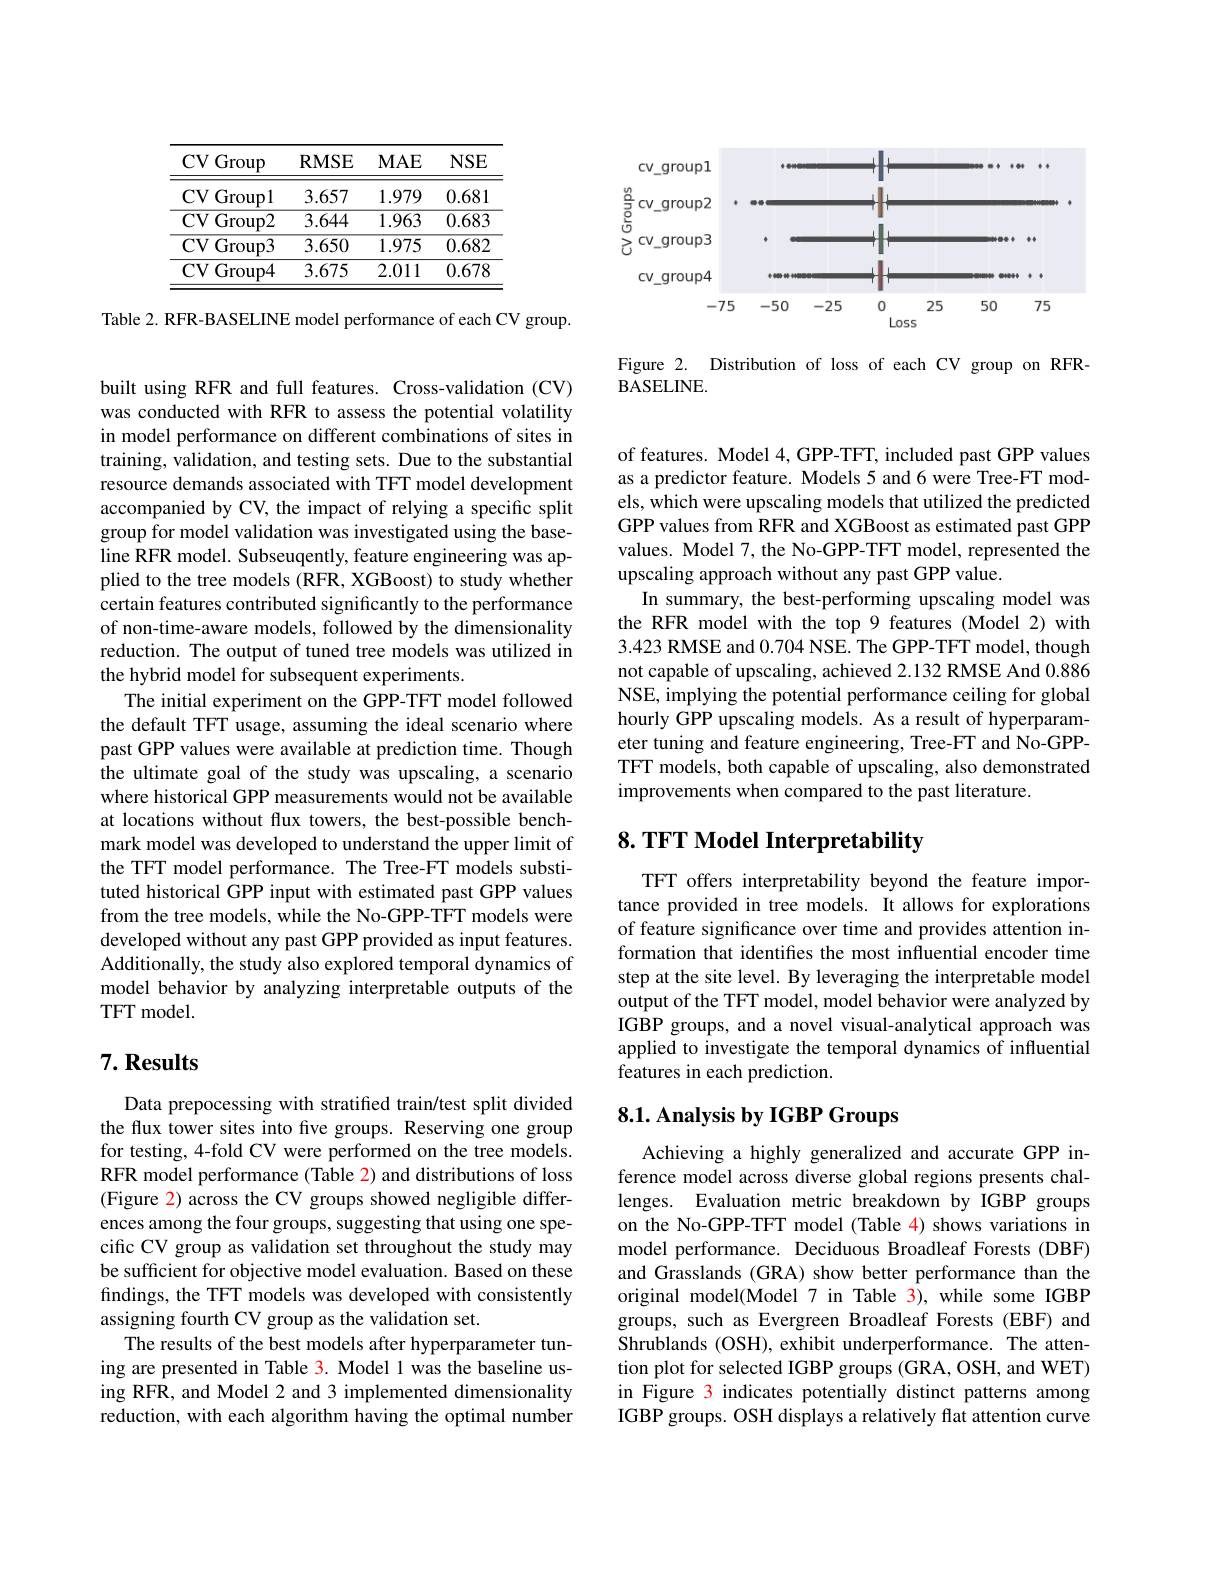
<table>
	<tbody>
		<tr>
			<th>CV Group</th>
			<th>RMSE</th>
			<th>$MAE$</th>
			<th>$NSE$</th>
		</tr>
		<tr>
			<td>CVGroupl</td>
			<td>3.657</td>
			<td>1.979</td>
			<td>0.681</td>
		</tr>
		<tr>
			<td>$\operatorname{CV}\operatorname{Group2}$ 1 1</td>
			<td>3.644</td>
			<td>1.963</td>
			<td>0.683</td>
		</tr>
		<tr>
			<td>$\operatorname{CV}($ Group3</td>
			<td>3.650</td>
			<td>1.975</td>
			<td>0.682</td>
		</tr>
		<tr>
			<td>CVGroup4</td>
			<td>3.675</td>
			<td>2.011</td>
			<td>0.678</td>
		</tr>
	</tbody>
</table>

Table 2. RFR-BASELINE model performance of each CV group.

built using RFR and full features. Cross-validation (CV) was conducted with RFR to assess the potential volatility in model performance on different combinations of sites in training, validation, and testing sets. Due to the substantial resource demands associated with TFT model development accompanied by CV, the impact of relying a specific split group for model validation was investigated using the baseline RFR model. Subseuqently, feature engineering was applied to the tree models (RFR, XGBoost) to study whether certain features contributed significantly to the performance of non-time-aware models, followed by the dimensionality reduction. The output of tuned tree models was utilized in the hybrid model for subsequent experiments.
The initial experiment on the GPP-TFT model followed the default TFT usage, assuming the ideal scenario where past GPP values were available at prediction time. Though the ultimate goal of the study was upscaling, a scenario where historical GPP measurements would not be available at locations without flux towers, the best-possible benchmark model was developed to understand the upper limit of the TFT model performance. The Tree-FT models substituted historical GPP input with estimated past GPP values from the tree models, while the No-GPP-TFT models were developed without any past GPP provided as input features. Additionally, the study also explored temporal dynamics of model behavior by analyzing interpretable outputs of the TFT model.

## $7. \textbf{Results}$

Data prepocessing with stratified train/test split divided the flux tower sites into five groups. Reserving one group for testing, 4-fold CV were performed on the tree models. RFR model performance (Table 2) and distributions of loss (Figure 2) across the CV groups showed negligible differences among the four groups, suggesting that using one specific CV group as validation set throughout the study may be sufficient for objective model evaluation. Based on these findings, the TFT models was developed with consistently assigning fourth CV group as the validation set.
The results of the best models after hyperparameter tuning are presented in Table 3. Model 1 was the baseline using RFR, and Model 2 and 3 implemented dimensionality reduction, with each algorithm having the optimal number

<FigureHere>

Figure 2. Distribution of loss of each CV group on RFR-
BASELINE.

of features. Model 4, GPP-TFT, included past GPP values as a predictor feature. Models 5 and 6 were Tree-FT models, which were upscaling models that utilized the predicted GPP values from RFR and XGBoost as estimated past GPP values. Model 7, the No-GPP-TFT model, represented the upscaling approach without any past GPP value.
In summary, the best-performing upscaling model was the RFR model with the top 9 features (Model 2) with 3.423 RMSE and 0.704 NSE. The GPP-TFT model, though not capable of upscaling, achieved 2.132 RMSE And 0.886 NSE, implying the potential performance ceiling for global hourly GPP upscaling models. As a result of hyperparameter tuning and feature engineering, Tree-FT and No-GPPTFT models, both capable of upscaling, also demonstrated improvements when compared to the past literature.

# 8. TFT Model Interpretability

TFT offers interpretability beyond the feature importance provided in tree models. It allows for explorations of feature significance over time and provides attention information that identifies the most influential encoder time step at the site level. By leveraging the interpretable model output of the TFT model, model behavior were analyzed by IGBP groups, and a novel visual-analytical approach was applied to investigate the temporal dynamics of influential features in each prediction.

## 8.1. Analysis by IGBP Groups

Achieving a highly generalized and accurate GPP inference model across diverse global regions presents challenges. Evaluation metric breakdown by IGBP groups on the No-GPP-TFT model (Table 4) shows variations in model performance. Deciduous Broadleaf Forests (DBF) and Grasslands (GRA) show better performance than the original model(Model 7 in Table 3), while some IGBP groups, such as Evergreen Broadleaf Forests (EBF) and Shrublands (OSH), exhibit underperformance. The attention plot for selected IGBP groups (GRA, OSH, and WET) in Figure 3 indicates potentially distinct patterns among IGBP groups. OSH displays a relatively flat attention curve